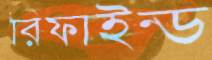
রিফাইন্ড